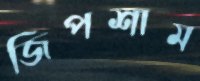
জিপশাম